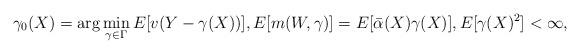
LaTeX: \begin{align*}\gamma_{0}(X)=\arg\min_{\gamma\in\Gamma}E[v(Y-\gamma(X))],E[m(W,\gamma)]=E[\bar{\alpha}(X)\gamma(X)],E[\gamma(X)^{2}]<\infty, \end{align*}